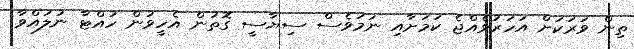
ތިން ވަރަކަށް އަހަރުވެއްޖެ ކަމަށާއި ނަމަވެސް ސިޔާސީ ގޮތުން އެހީވުން ހުއްޓާ ނުލައްވާ